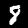
Digit: 8